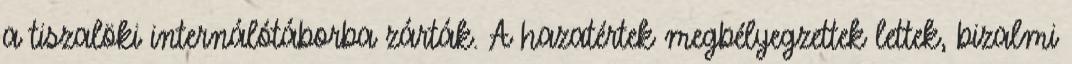
a tiszalöki internálótáborba zárták. A hazatértek megbélyegzettek lettek, bizalmi